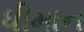
ધીમાન